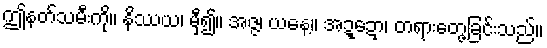
ဤနတ်သမီးကို။ နိဿယ၊ မှီ၍။ အဇ္ဇ၊ ယနေ့။ အဍ္ဍော၊ တရားတေ့ွခြင်းသည်။